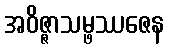
အဝိဇ္ဇာသမ္ဖဿဇေန